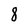
Character: 8